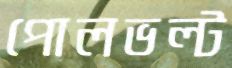
পোলভল্ট